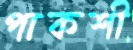
পাকশী